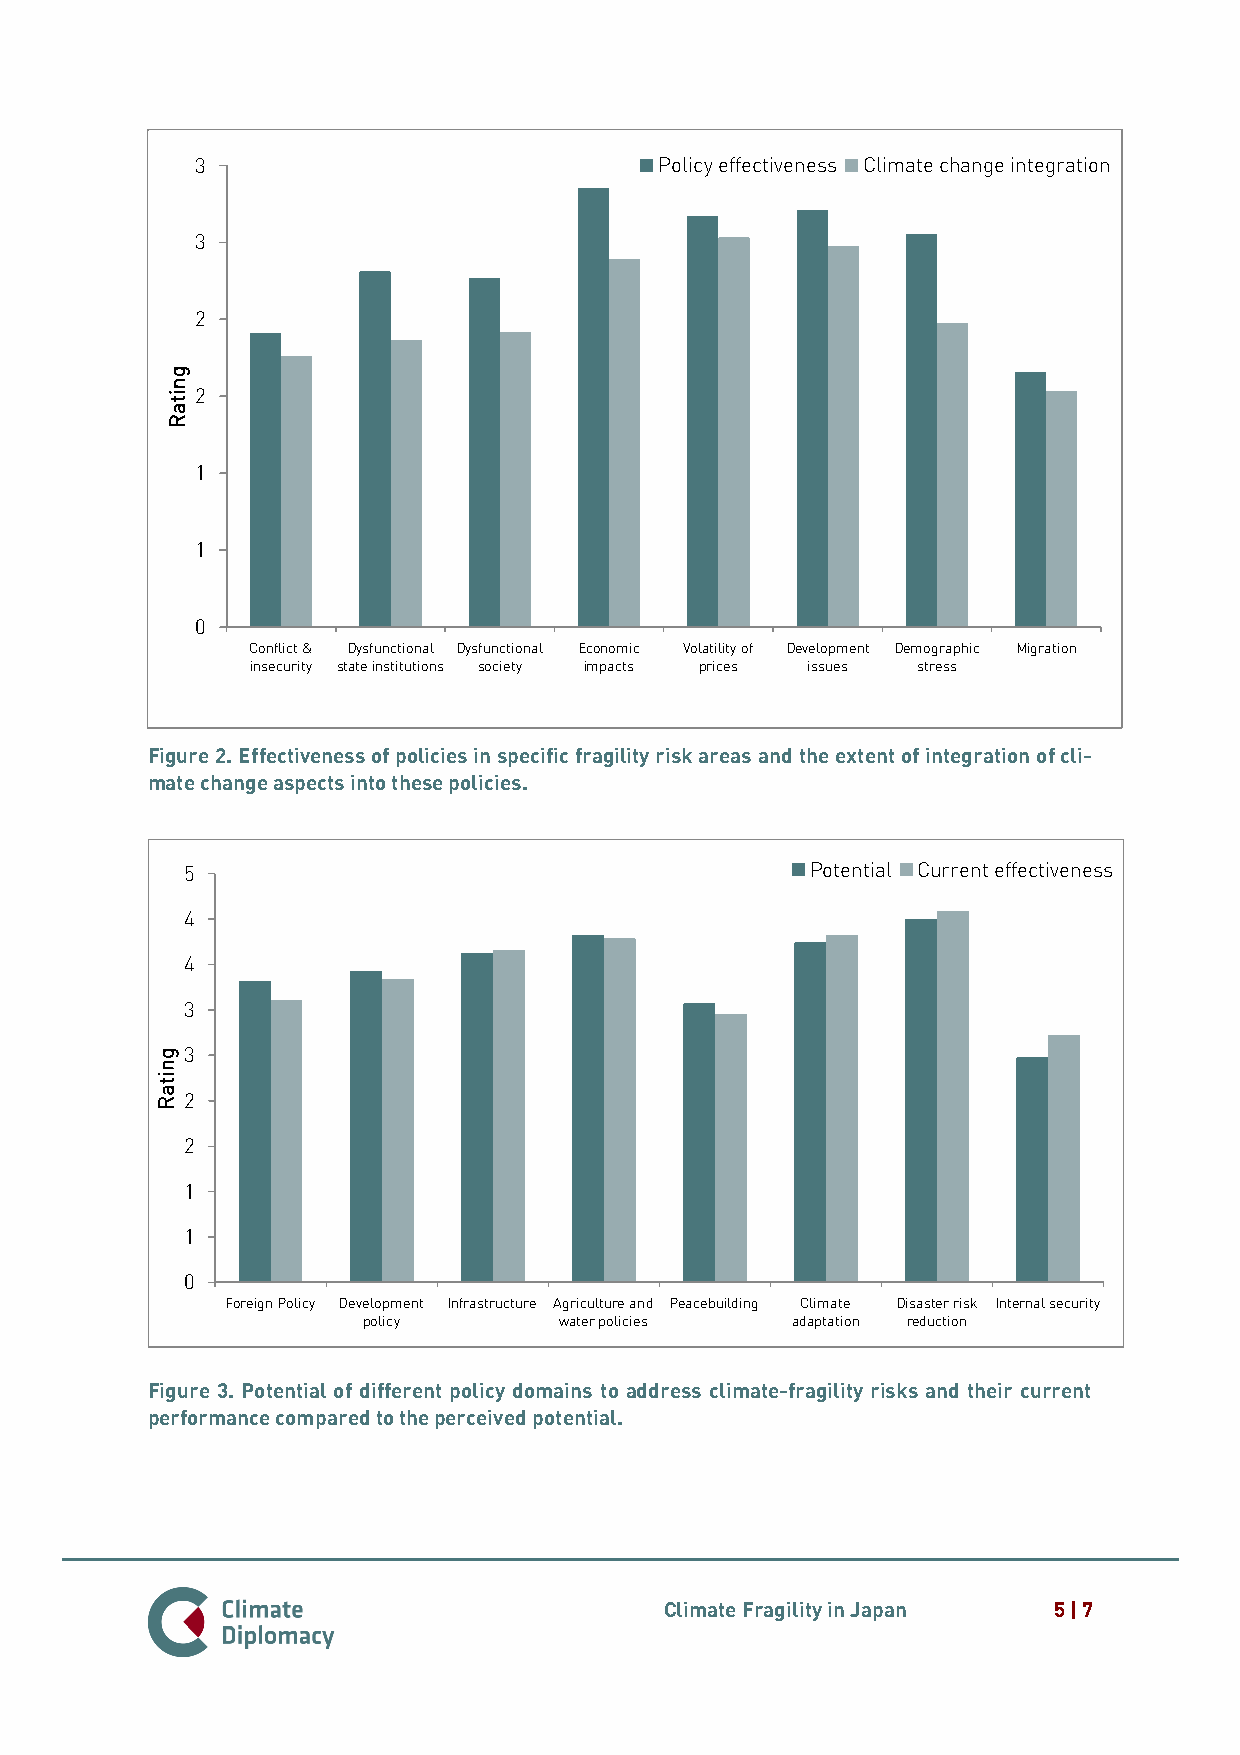
3                              Policy effectiveness Climate change integration
 3
 2
 2
 1
 1
 0
 Conflict & Dysfunctional Dysfunctional Economic Volatility of Development Demographic Migration
 insecurity state institutions society impacts prices issues stress
 Figure 2. Effectiveness of policies in specific fragility risk areas and the extent of integration of cli-
 mate change aspects into these policies.
 5                                         Potential Current effectiveness
 4
 4
 3
 3
 2
 2
 1
 1
 0
 Foreign Policy Development Infrastructure Agriculture and Peacebuilding Climate Disaster risk Internal security
 policy       water policies adaptation reduction
 Figure 3. Potential of different policy domains to address climate-fragility risks and their current
 performance compared to the perceived potential.
 Climate Fragility in Japan 5 | 7
 gnitaR
 gnitaR